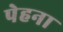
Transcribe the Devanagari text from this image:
पेहना